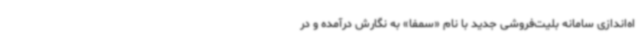
اه‌اندازی سامانه بلیت‌فروشی جدید با نام «سمفا» به نگارش درآمده و در